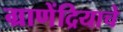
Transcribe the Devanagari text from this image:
ग्राणेंद्रियाचे